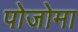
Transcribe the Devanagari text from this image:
पोजोमा